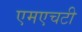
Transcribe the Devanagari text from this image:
एमएचटी